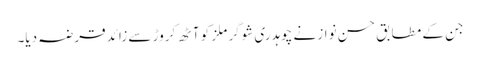
جن کے مطابق حسن نواز نے چوہدری شوگر ملز کو آٹھ کروڑ سے زائد قرضہ دیا۔